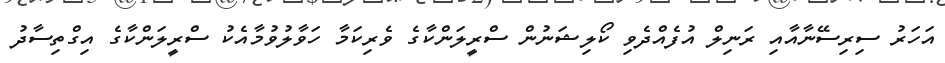
އަހަރު ސިރިސޭނާއާއި ރަނިލް އުފެއްދެވި ކޯލިޝަނުން ސްރީލަންކާގެ ވެރިކަމާ ހަވާލުވުމާއެކު ސްރީލަންކާގެ އިގްތިސާދު